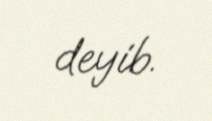
deyib.